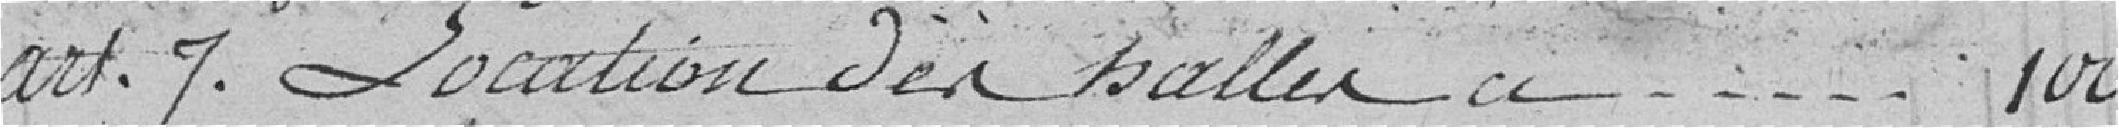
article 7. L'octroi des halles à 100